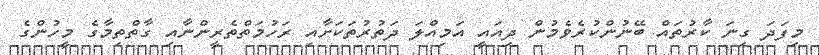
މިފަދަ ގިނަ ކާރުތައް ބޭނުންކުރެވެމުން ދިއައީ އަމިއްލަ ދަތުރުތަކަށާއި ރަހުމަތްތެރީންނާއި ގާތްތިމާގެ މީހުންގެ